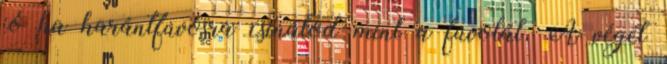
jó ha harántfúvósra csinálod mint a fuvolát. A végét